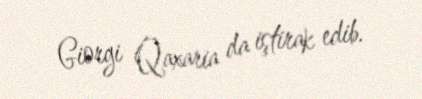
Giorgi Qaxaria da iştirak edib.